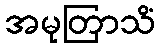
အမုတြာသိံ